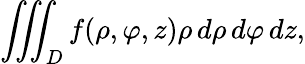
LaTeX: \iiint_{D}f(\rho,\varphi,z)\rho\, d\rho\, d\varphi\, dz,